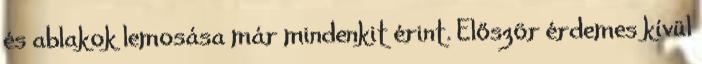
és ablakok lemosása már mindenkit érint. Először érdemes kívül